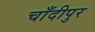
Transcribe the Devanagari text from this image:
चाँदीपुर